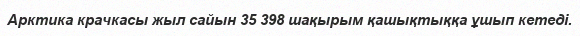
Арктика крачкасы жыл сайын 35 398 шақырым қашықтыққа ұшып кетеді.